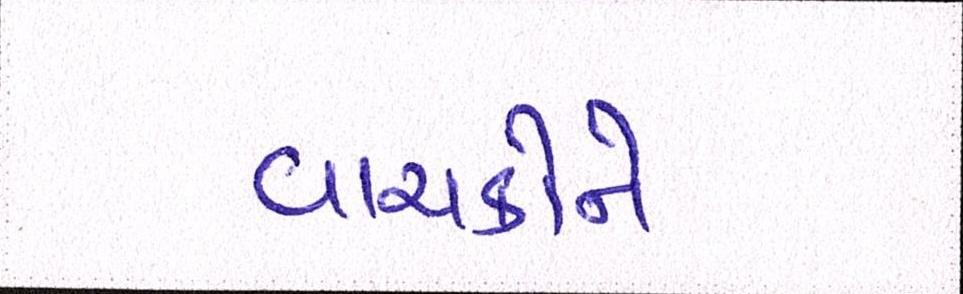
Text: વાચકોને